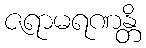
ဇရာမရဏန္တိ